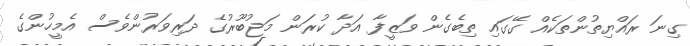
ގިނަ ރައްޔިތުންތަކެއް ގޭގައި ތިބެގެން ވަޒީފާ އަދާ ކުރަން މަޖުބޫރުގެ ދަރިވަރުންވެސް އެމީހުންގެ